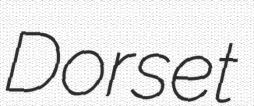
Dorset